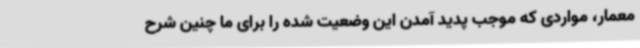
معمار، مواردی که موجب پدید آمدن این وضعیت شده را برای ما چنین شرح